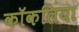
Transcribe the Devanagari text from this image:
कॉकलिया